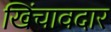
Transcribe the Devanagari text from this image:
खिंचावदार